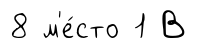
8 м'е́сто 1 В